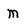
Character: m